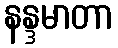
နန္ဒမာတာ